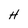
Character: H